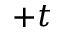
+ t